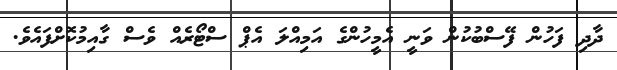
ދާދި ފަހުން ފޭސްބުކުން ވަނީ އެމީހުންގެ އަމިއްލަ އެޕް ސްޓޯރެއް ވެސް ގާއިމުކޮށްފައެވެ.